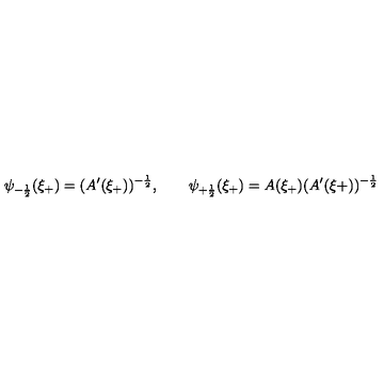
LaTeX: \psi _ { - \frac { 1 } { 2 } } ( \xi _ { + } ) = ( A ^ { \prime } ( \xi _ { + } ) ) ^ { - \frac { 1 } { 2 } } , \qquad \psi _ { + \frac { 1 } { 2 } } ( \xi _ { + } ) = A ( \xi _ { + } ) ( A ^ { \prime } ( \xi { + } ) ) ^ { - \frac { 1 } { 2 } }